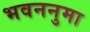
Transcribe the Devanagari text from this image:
भवननुमा